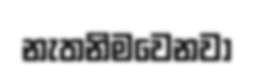
නැතනිමවෙනවා